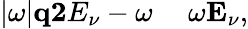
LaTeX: |\omega|\le q\le 2E_{\nu}-\omega~~~~~\omega\le E_{\nu},